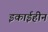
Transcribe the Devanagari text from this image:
इकाईहीन